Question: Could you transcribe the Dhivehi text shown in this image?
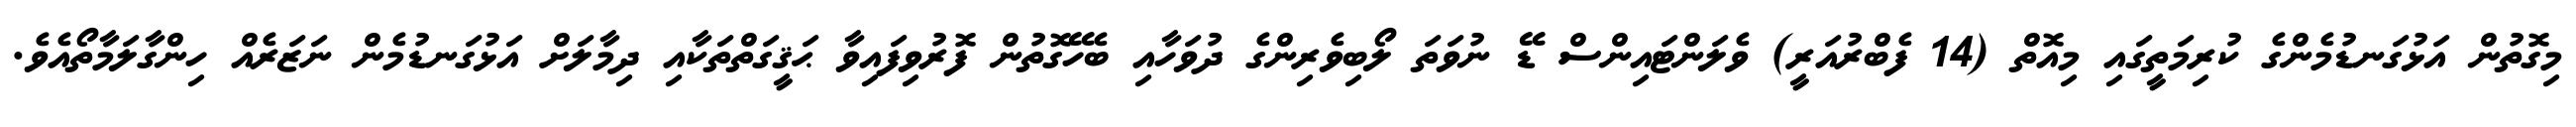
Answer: މިގޮތުން އަޅުގަނޑުމެންގެ ކުރިމަތީގައި މިއޮތް (14 ފެބްރުއަރީ) ވެލަންޓައިންސް ޑޭ ނުވަތަ ލޯބިވެރިންގެ ދުވަހާއި ބެހޭގޮތުން ފޮރުވިފައިވާ ޙަޤީގަތްތަކާއި ދިމާލަށް އަޅުގަނޑުމެން ނަޒަރެއް ހިންގާލަމާތޯއެވެ.